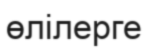
өлілерге